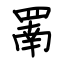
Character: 罱